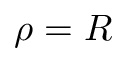
\rho = R